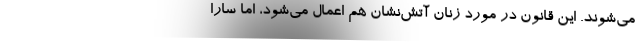
می‌شوند. این قانون در مورد زنان آتش‌نشان هم اعمال می‌شود، اما سارا